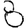
Digit: 8